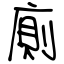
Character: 廁